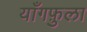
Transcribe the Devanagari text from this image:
याँगफ़ुला